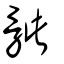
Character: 骴